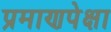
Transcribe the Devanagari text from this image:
प्रमाणपेक्षा